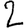
Digit: 2